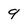
Character: 9